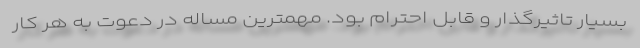
بسیار تاثیرگذار و قابل احترام بود. مهمترین مساله در دعوت به هر کار